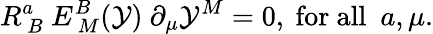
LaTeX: R_{~B}^{a}~E_{~M}^{B}(\mathcal{Y})~\partial_{\mu}\mathcal{Y}^{M}=0,~\mathrm{{for~all~}}~a,\mu.